Report of the Indian Hemp Drugs Commission, 1894-1895 - Volume V
Year: 1894
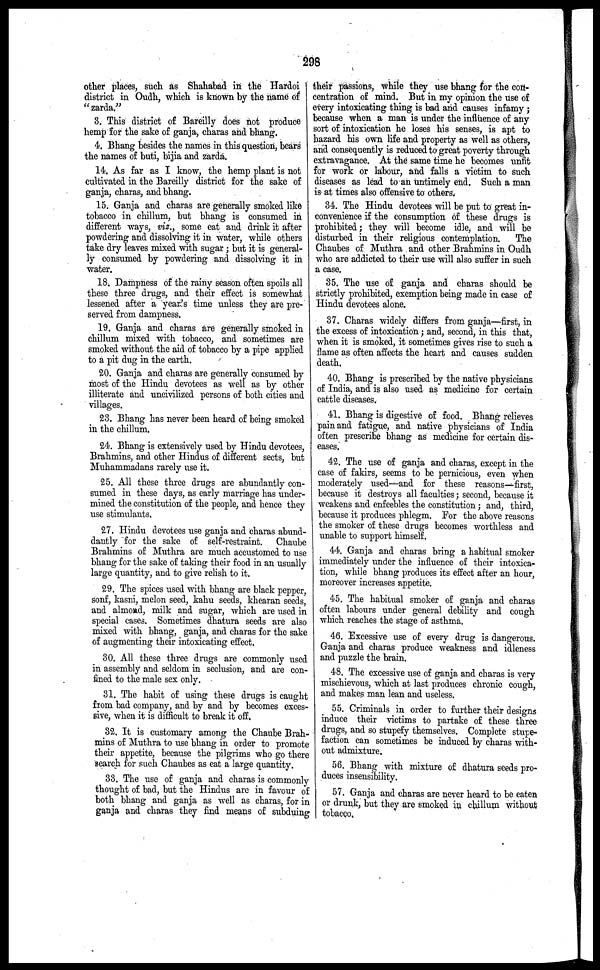
298
other places, such as Shahabad in the Hardoi
district in Oudh, which is known by the name of:
"zarda."
3. This district of Bareilly does not produce
hemp for the sake of ganja, charas and bhang.
4. Bhang besides the names in this question, bears
the names of buti, bijia and zarda.
14. As far as I know, the hemp plant is not
cultivated in the Bareilly district for the sake of
ganja, charas, and bhang.
15. Ganja and charas are generally smoked like
tobacco in chillum, but bhang is consumed in
different ways, viz., some eat and drink it after
powdering and dissolving it in water, while others
take dry leaves mixed with sugar ; but it is general-
ly consumed by powdering and dissolving it in
water.
18. Dampness of the rainy season often spoils all
these three drugs, and their effect is somewhat
lessened after a year's time unless they are pre-
served from dampness.
19. Ganja and charas are generally smoked in
chillum mixed with tobacco, and sometimes are
smoked without the aid of tobacco by a pipe applied
to a pit dug in the earth.
20. Ganja and charas are generally consumed by
most of the Hindu devotees as well as by other
illiterate and uncivilized persons of both cities and
villages.
23. Bhang has never been heard of being smoked
in the chillum.
24. Bhang is extensively used by Hindu devotees,
Brahmins, and other Hindus of different sects, but
Muhammadans rarely use it.
25. All these three drugs are abundantly con-
sumed in these days, as early marriage has under-
mined the constitution of the people, and hence they
use stimulants.
27. Hindu devotees use ganja and charas abund-
dantly for the sake of self-restraint.
Chaube
Brahmins of Muthra are much accustomed to use
bhang for the sake of taking their food in an usually
large quantity, and to give relish to it.
29. The spices used with bhang are black pepper,
sonf, kasni, melon seed, kahu seeds, khearan seeds,
and almond, milk and sugar, which are used in
special cases. Sometimes dhatura seeds are also
mixed with bhang, ganja, and charas for the sake
of augmenting their intoxicating effect.
30. All these three drugs are commonly used
in assembly and seldom in seclusion, and are con-
fined to the male sex only.
31. The habit of using these drugs is caught
from bad company, and by and by becomes exces-
sive, when it is difficult to break it off.
32. It is customary among the Chaube Brah-
mins of Muthra to use bhang in order to promote
their appetite, because the pilgrims who go there
search for such Chaubes as eat a large quantity.
33. The use of ganja and charas is commonly
thought of bad, but the Hindus are in favour of
both bhang and ganja as well as charas, for in
ganja and charas they find means of subduing
their passions, while they use bhang for the con-
centration of mind. But in my opinion the use of
every intoxicating thing is bad and causes infamy ;
because when a man is under the influence of any
sort of intoxication he loses his senses, is apt to
hazard his own life and property as well as others,
and consequently is reduced to great poverty through
extravagance. At the same time he becomes unfit
for work or labour, and falls a victim to such
diseases as lead to an untimely end. Such a man
is at times also offensive to others.
34. The Hindu devotees will be put to great in-
convenience if the consumption of these drugs is
prohibited; they will become idle, and will be
disturbed in their religious contemplation.
The
Chaubes of Muthra and other Brahmins in Oudh
who are addicted to their use will also suffer in such
a case.
35. The use of ganja and charas should be
strictly prohibited, exemption being made in case of
Hindu devotees alone.
37. Charas widely differs from ganja—first, in
the excess of intoxication; and, second, in this that,
when it is smoked, it sometimes gives rise to such a
flame as often affects the heart and causes sudden
death.
40. Bhang is prescribed by the native physicians
of India, and is also used as medicine for certain
cattle diseases.
41. Bhang is digestive of food. Bhang relieves
pain and fatigue, and native physicians of India
often prescribe bhang as medicine for certain dis-
eases.
42. The use of ganja and charas, except in the
case of fakirs, seems to be pernicious, even when
moderately used—and for these reasons—first,
because it destroys all faculties; second, because it
weakens and enfeebles the constitution ; and, third,
because it produces phlegm. For the above reasons
the smoker of these drugs becomes worthless and
unable to support himself.
44. Ganja and charas bring a habitual smoker
immediately under the influence of their intoxica-
tion, while bhang produces its effect after an hour,
moreover increases appetite.
45. The habitual smoker of ganja and charas
often labours under general debility and cough
which reaches the stage of asthma.
46. Excessive use of every drug is dangerous.
Ganja and charas produce weakness and idleness
and puzzle the brain.
48. The excessive use of ganja and charas is very
mischievous, which at last produces chronic cough,
and makes man lean and useless.
55. Criminals in order to further their designs
induce their victims to partake of these three
drugs, and so stupefy themselves. Complete stupe-
faction can sometimes be induced by charas with-
out admixture.
56. Bhang with mixture of dhatura seeds pro-
duces insensibility.
57. Ganja and charas are never heard to be eaten
or drunk, but they are smoked in chillum without
tobacco.